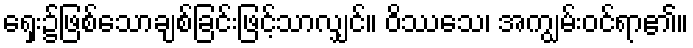
ရှေး၌ဖြစ်သောချစ်ခြင်းဖြင့်သာလျှင်။ ဝိဿသေ၊ အကျွမ်းဝင်ရာ၏။